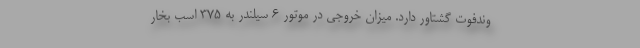
وندفوت گشتاور دارد. میزان خروجی در موتور 6 سیلندر به 375 اسب بخار